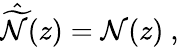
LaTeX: \hat{\widetilde{\cal N}}(z)={\cal N}(z)\ ,